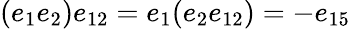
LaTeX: (e_{1}e_{2})e_{12}=e_{1}(e_{2}e_{12})=-e_{15}